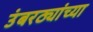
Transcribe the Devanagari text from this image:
उंबरठ्यांच्या